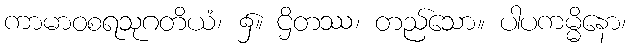
ကာမာဝစရသုဂတိယံ၊ ၌။ ဌိတဿ၊ တည်သော။ ပါပကမ္မိနော၊